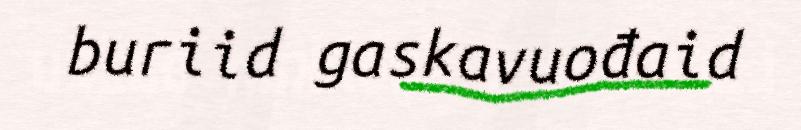
buriid gaskavuođaid